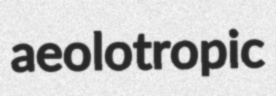
aeolotropic